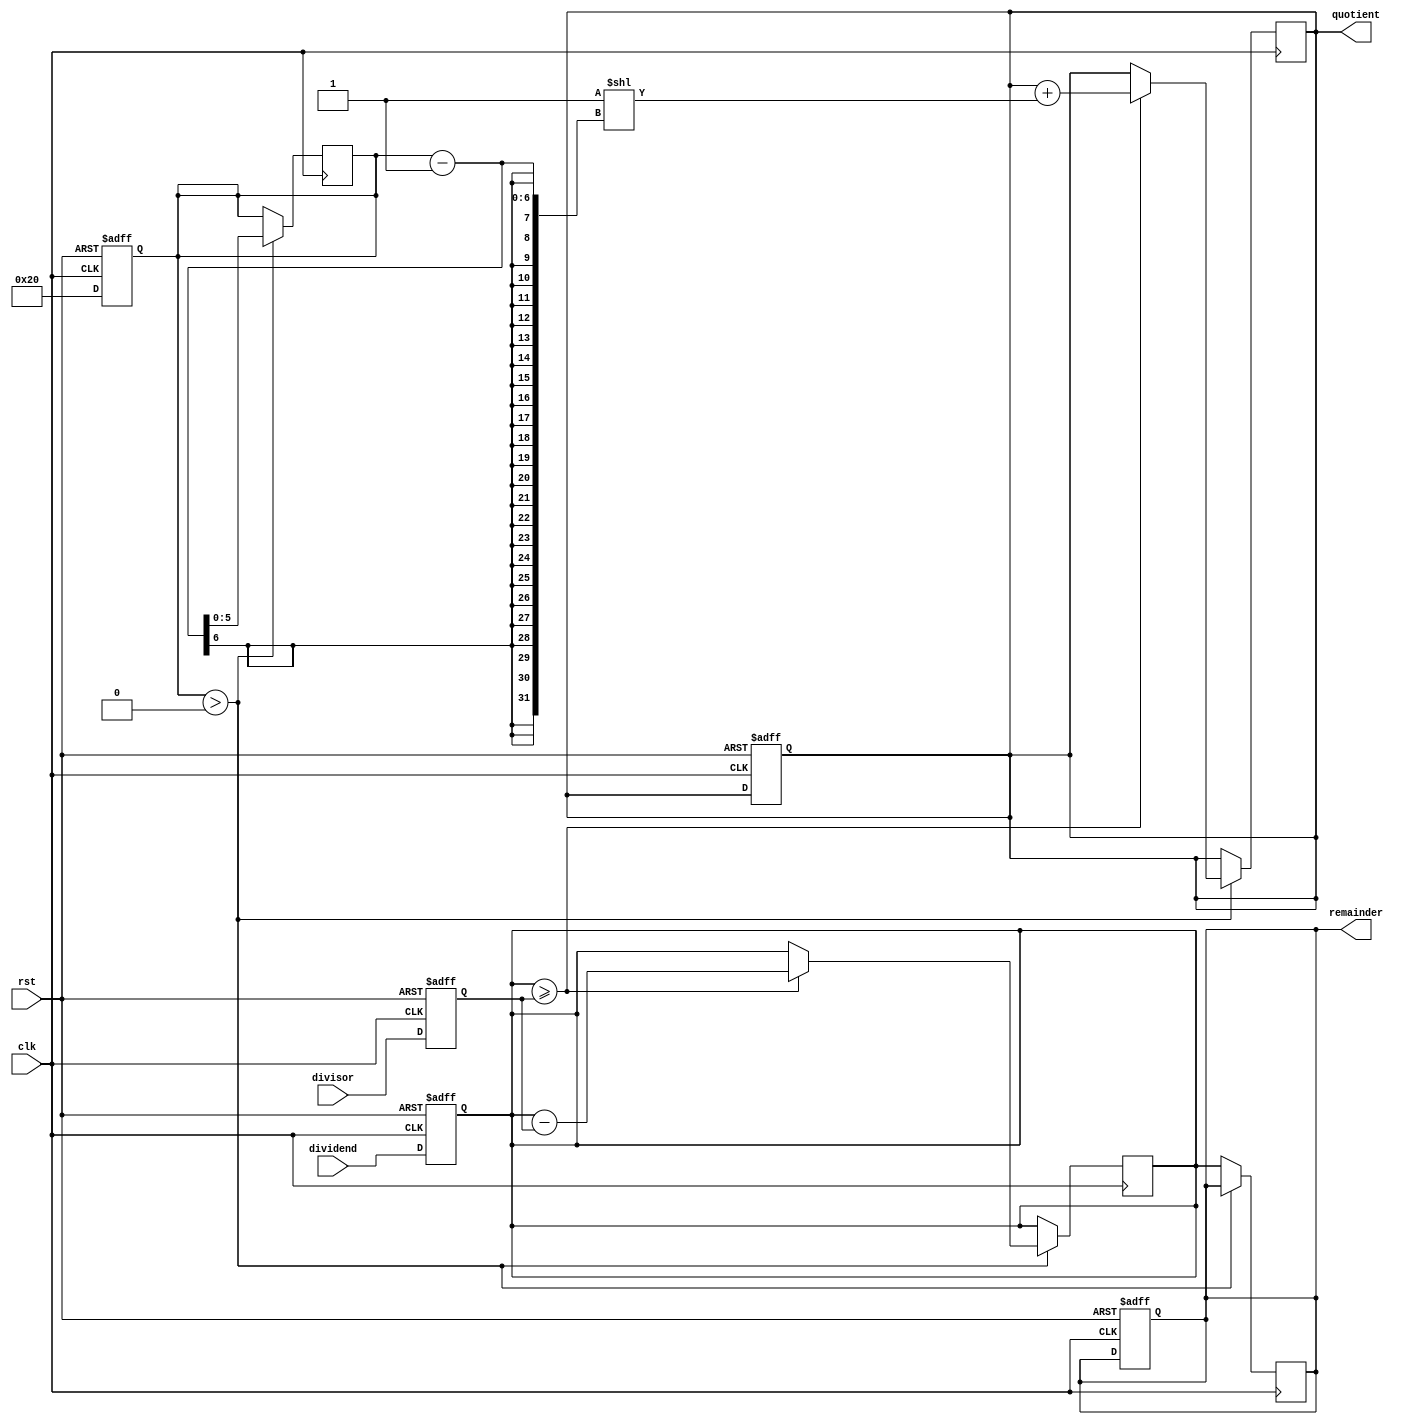
module Restoring_Divider(
  input wire clk,
  input wire rst,
  input wire [31:0] dividend,
  input wire [31:0] divisor,
  output reg [31:0] quotient,
  output reg [31:0] remainder
);

reg [31:0] temp_dividend;
reg [31:0] temp_divisor;
reg [5:0] count;
reg [31:0] remainder_temp;

always @(posedge clk or posedge rst) begin
  if (rst) begin
    quotient <= 0;
    remainder <= 0;
    temp_dividend <= 0;
    temp_divisor <= 0;
    count <= 0;
    remainder_temp <= 0;
  end else begin
    temp_dividend <= dividend;
    temp_divisor <= divisor;
    count <= 32;
    remainder_temp <= 0;
  end
end

always @(posedge clk) begin
  if (count > 0) begin
    if (temp_dividend >= temp_divisor) begin
      temp_dividend <= temp_dividend - temp_divisor;
      quotient <= quotient + (1 << (count-1));
    end else begin
      temp_dividend <= temp_dividend;
    end
    count <= count - 1;
  end else begin
    remainder <= temp_dividend;
  end
end

endmodule